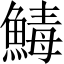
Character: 𩹝